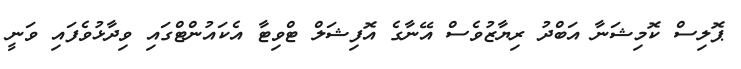
ޕޮލިސް ކޮމިޝަނާ އަބްދު ރިޔާޒުވެސް އޭނާގެ އޮފިޝަލް ޓްވިޓާ އެކައުންޓްގައި ވިދާޅުވެފައި ވަނީ